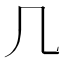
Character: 几